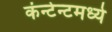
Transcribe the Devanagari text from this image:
कंन्टेन्टमध्ये